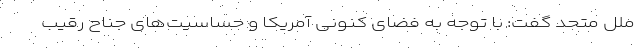
ملل متحد گفت: با توجه به فضای کنونی آمریکا و حساسیت‌های جناح رقیب